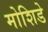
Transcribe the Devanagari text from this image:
मोशिडे